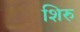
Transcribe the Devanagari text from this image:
शिरु